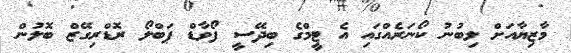
މާޒިޔާއަށް ލިބުނު ކޯނަރެއްގައި އެ ޓީމްގެ ބިދޭސީ ފޯވާޑް ޕަބްލޯ ރޮޑްރިގޭޒް ބޮލުން